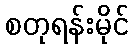
စတုရန်းမိုင်